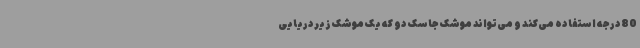
80درجه استفاده می‌کند و می‌تواند موشک جاسک دو که یک موشک زیردریایی